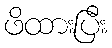
ဖိထားပြီး